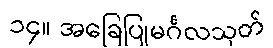
၁၄။ အခြေပြုမင်္ဂလသုတ်